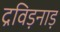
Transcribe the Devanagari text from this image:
द्रविड़नाड़